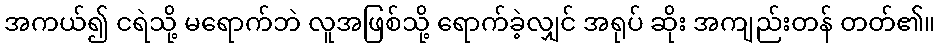
အကယ်၍ ငရဲသို့ မရောက်ဘဲ လူအဖြစ်သို့ ရောက်ခဲ့လျှင် အရုပ် ဆိုး အကျည်းတန် တတ်၏။